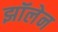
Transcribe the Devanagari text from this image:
झॉलेन